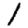
Digit: 1